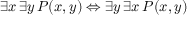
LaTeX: \exists x \, \exists y \, P ( x , y ) \Leftrightarrow \exists y \, \exists x \, P ( x , y )